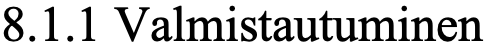
8.1.1 Valmistautuminen